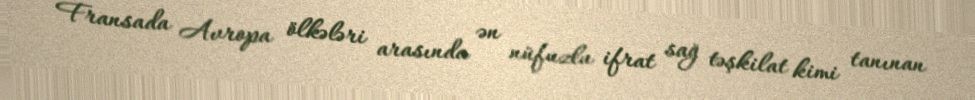
Fransada Avropa ölkələri arasında ən nüfuzlu ifrat sağ təşkilat kimi tanınan